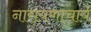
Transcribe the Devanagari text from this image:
नारायणाचार्य